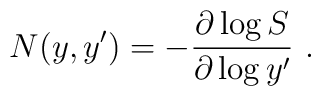
N(y,y') = -{\partial \log S \over \partial \log y'}\ .